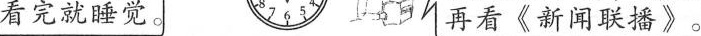
看完就睡觉。 再看《新闻联播》。